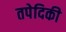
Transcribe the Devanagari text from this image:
तपेदिकी